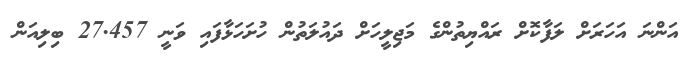
އަންނަ އަހަރަށް ލަފާކޮށް ރައްޔިތުންގެ މަޖިލީހަށް ދައުލަތުން ހުށަހަޅާފައި ވަނީ 27.457 ބިލިއަން